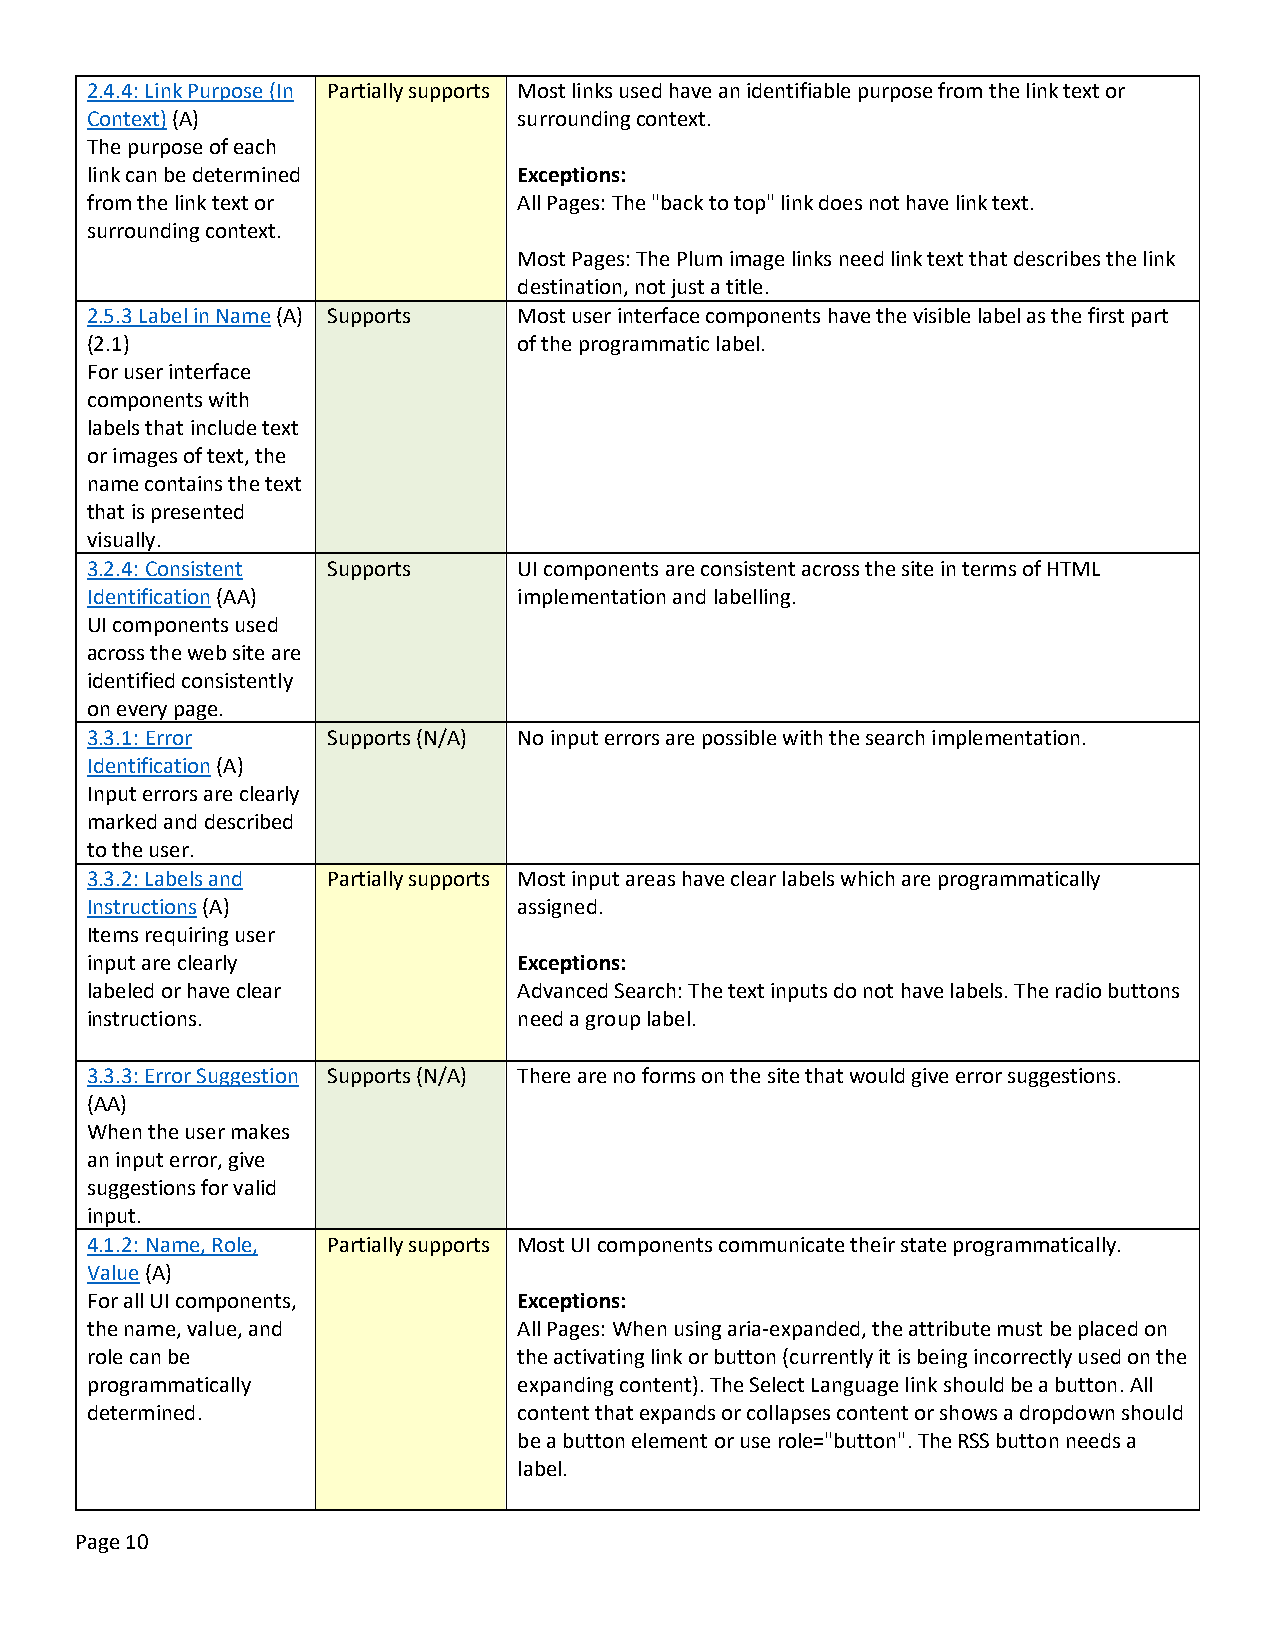
2.4.4: Link Purpose (In Partially supports Most links used have an identifiable purpose from the link text or
 Context) (A)                surrounding context.
 The purpose of each
 link can be determined      Exceptions:
 from the link text or       All Pages: The "back to top" link does not have link text.
 surrounding context.
 Most Pages: The Plum image links need link text that describes the link
 destination, not just a title.
 2.5.3 Label in Name (A) Supports Most user interface components have the visible label as the first part
 (2.1)                       of the programmatic label.
 For user interface
 components with
 labels that include text
 or images of text, the
 name contains the text
 that is presented
 visually.
 3.2.4: Consistent Supports  UI components are consistent across the site in terms of HTML
 Identification (AA)         implementation and labelling.
 UI components used
 across the web site are
 identified consistently
 on every page.
 3.3.1: Error    Supports (N/A) No input errors are possible with the search implementation.
 Identification (A)
 Input errors are clearly
 marked and described
 to the user.
 3.3.2: Labels and Partially supports Most input areas have clear labels which are programmatically
 Instructions (A)            assigned.
 Items requiring user
 input are clearly           Exceptions:
 labeled or have clear       Advanced Search: The text inputs do not have labels. The radio buttons
 instructions.               need a group label.
 3.3.3: Error Suggestion Supports (N/A) There are no forms on the site that would give error suggestions.
 (AA)
 When the user makes
 an input error, give
 suggestions for valid
 input.
 4.1.2: Name, Role, Partially supports Most UI components communicate their state programmatically.
 Value (A)
 For all UI components,      Exceptions:
 the name, value, and        All Pages: When using aria-expanded, the attribute must be placed on
 role can be                 the activating link or button (currently it is being incorrectly used on the
 programmatically            expanding content). The Select Language link should be a button. All
 determined.                 content that expands or collapses content or shows a dropdown should
 be a button element or use role="button". The RSS button needs a
 label.
 Page 10